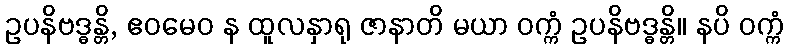
ဥပနိဗဒ္ဓန္တိ, ဧဝမေဝ န ထူလနှာရု ဇာနာတိ မယာ ဝက္ကံ ဥပနိဗဒ္ဓန္တိ။ နပိ ဝက္ကံ